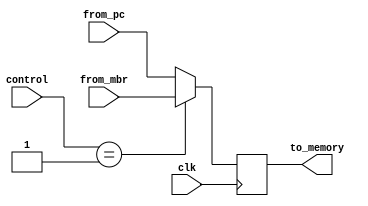
`timescale 1ns / 1ps
module mar(clk,control,from_mbr,from_pc,to_memory);
    input clk;
    input [1:0]control;
    input [7:0]from_mbr;
    input [7:0]from_pc;
    output reg [7:0]to_memory;
    initial
    begin
        to_memory<=8'b00000000;
    end
    always@(posedge clk)
    begin
        if(control==01)
            to_memory<=from_mbr;
        else
            to_memory<=from_pc;
    end    
endmodule